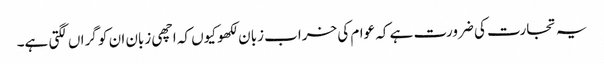
یہ تجارت کی ضرورت ہے کہ عوام کی خراب زبان لکھو کیوں کہ اچھی زبان ان کو گراں لگتی ہے۔